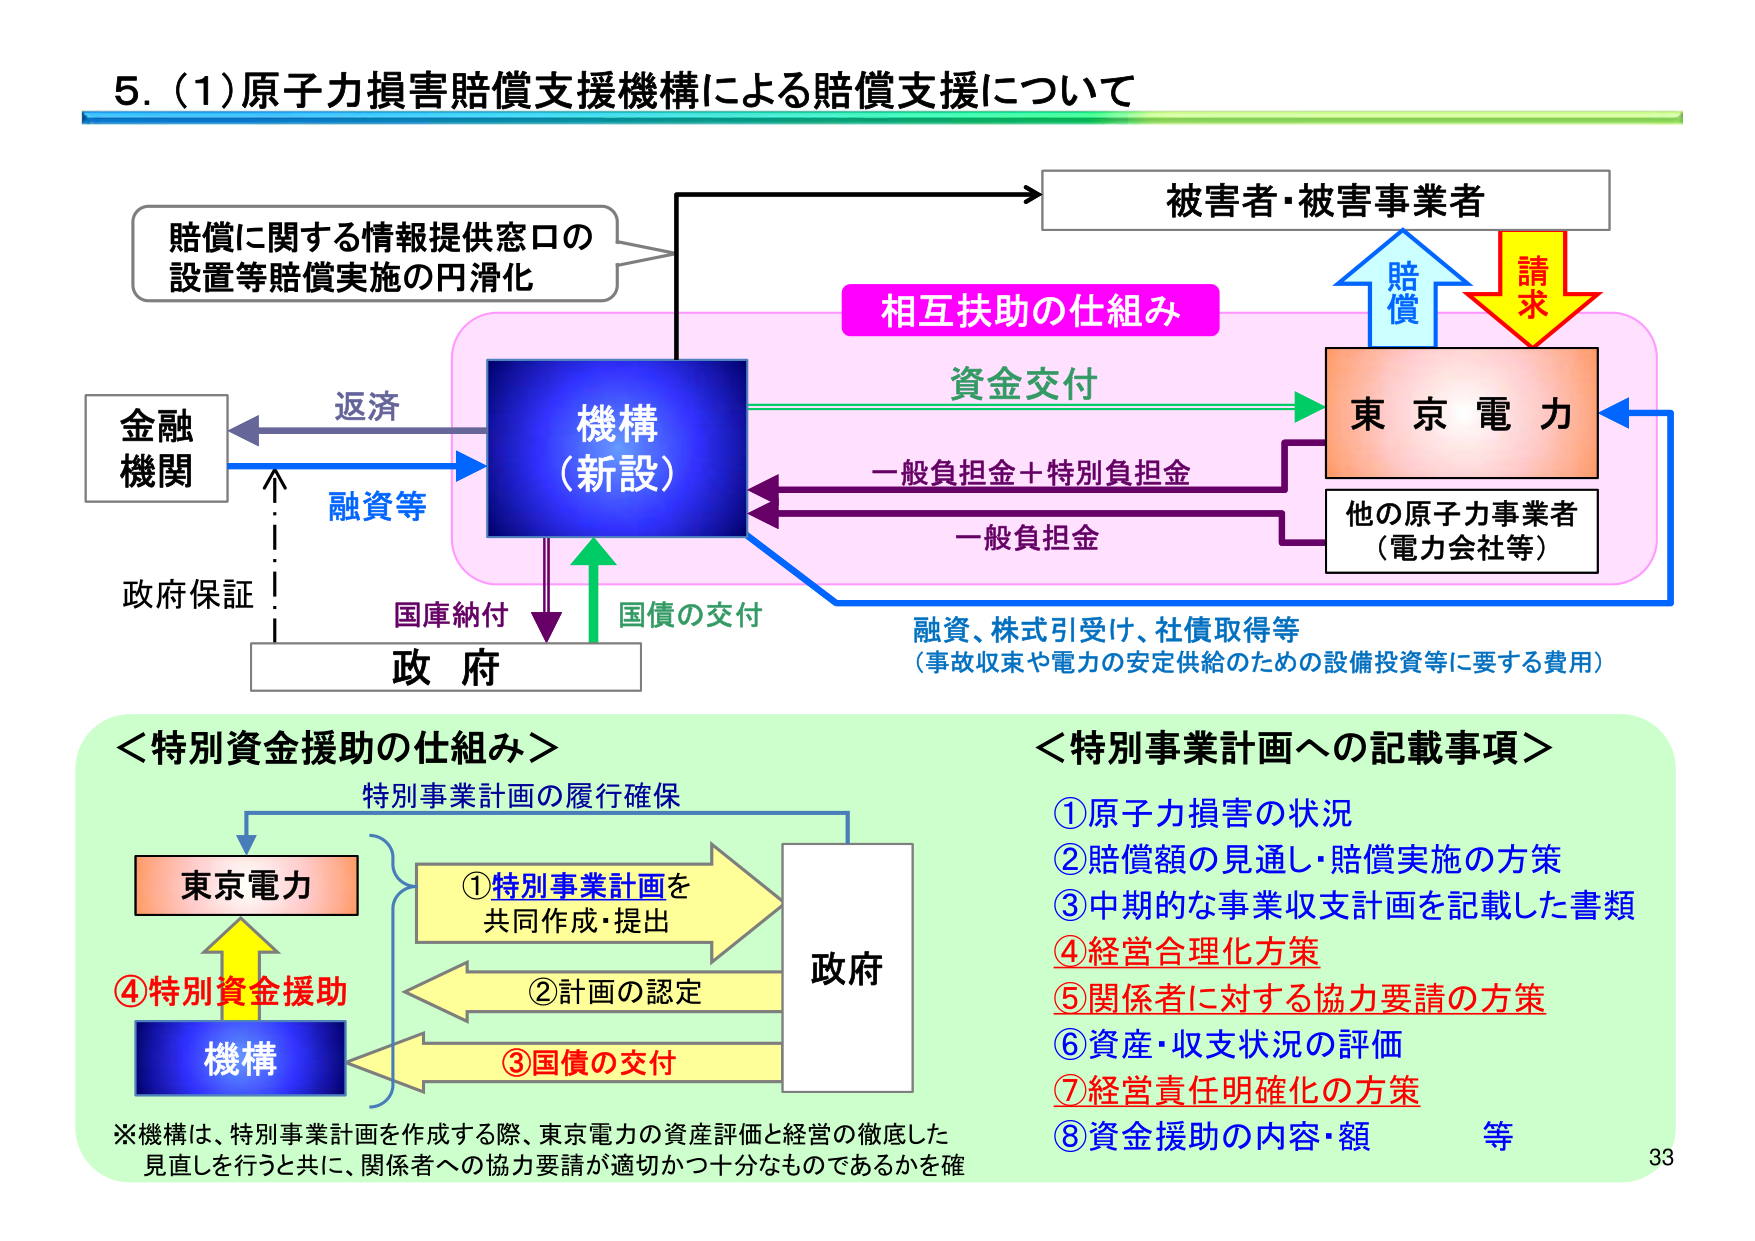
5. (1) 原子力損害賠償支援機構による賠償支援について

賠償に関する情報提供窓口の
設置等賠償実施の円滑化

被害者・被害事業者

相互扶助の仕組み

機構
（新設）

東 京 電 力

資金交付

一般負担金＋特別負担金

一般負担金

他の原子力事業者
（電力会社等）

融資、株式引受け、社債取得等
（事故収束や電力の安定供給のための設備投資等に要する費用）

金融
機関

返済

融資等

政府保証

国庫納付

国債の交付

政 府

＜特別資金援助の仕組み＞

特別事業計画の履行確保

東京電力

①特別事業計画を
共同作成・提出

②計画の認定

③国債の交付

政府

④特別資金援助

機構

※機構は、特別事業計画を作成する際、東京電力の資産評価と経営の徹底した
見直しを行うと共に、関係者への協力要請が適切かつ十分なものであるかを確

＜特別事業計画への記載事項＞

①原子力損害の状況
②賠償額の見通し・賠償実施の方策
③中期的な事業収支計画を記載した書類
④経営合理化方策
⑤関係者に対する協力要請の方策
⑥資産・収支状況の評価
⑦経営責任明確化の方策
⑧資金援助の内容・額　等

33